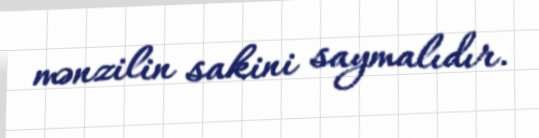
mənzilin sakini saymalıdır.